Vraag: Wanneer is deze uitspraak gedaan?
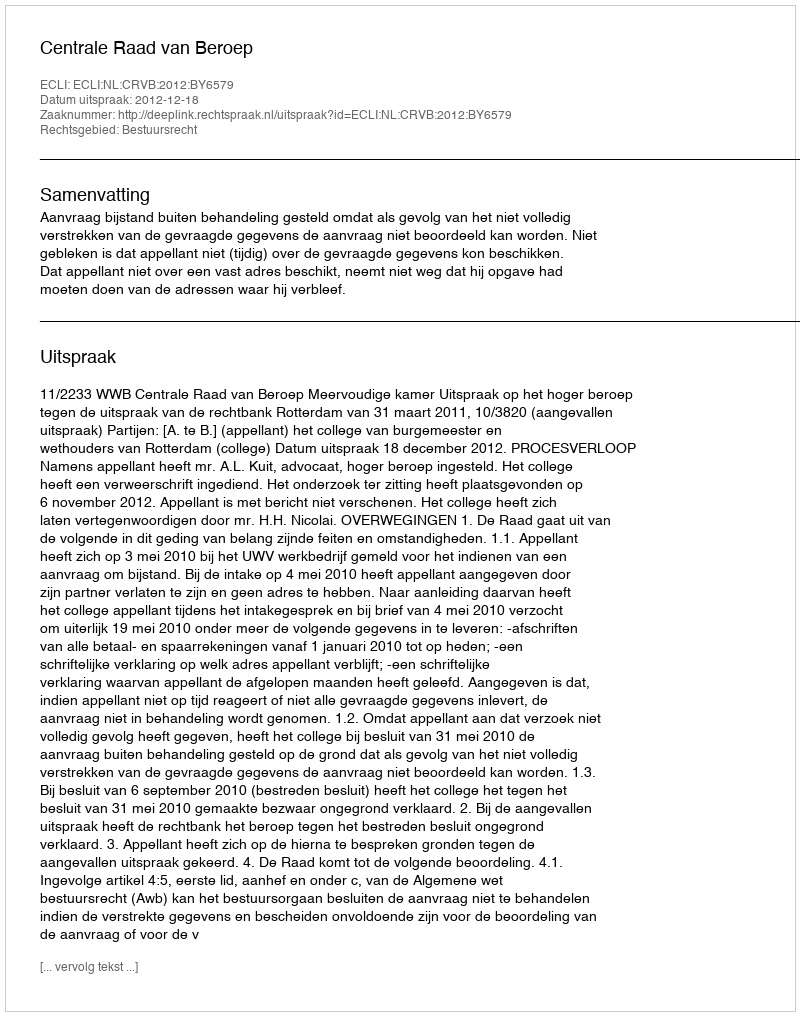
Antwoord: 2012-12-18